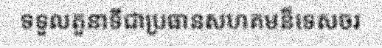
ទទួលតួនាទីជាប្រធានសហគមន៏ទេសចរ